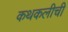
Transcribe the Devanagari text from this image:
कथकलीची